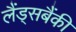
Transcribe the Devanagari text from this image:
लैंड्सबैंकी